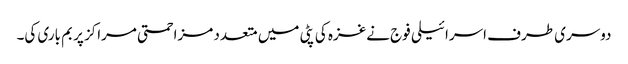
دوسری طرف اسرائیلی فوج نےغزہ کی پٹی میں متعدد مزاحمتی مراکز پر بم باری کی۔